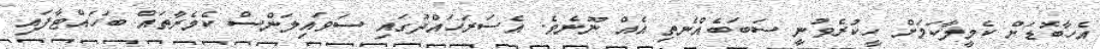
އެހާބޮޑަށް ކެމީލާކަމަށް ހީކުރެވުނީ ސަބަބެއްނެތި އެއް ނޫނެވެ. އެސަރަހައްދުގައި ސަވައިލަންސް ކެމެރާތައް ބަހައްޓާފައި